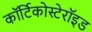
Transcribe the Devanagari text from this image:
कॉर्टिकोस्टेरॉइड